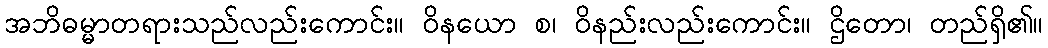
အဘိဓမ္မာတရားသည်လည်းကောင်း။ ဝိနယော စ၊ ဝိနည်းလည်းကောင်း။ ဌိတော၊ တည်ရှိ၏။